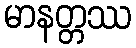
မာနတ္တဿ